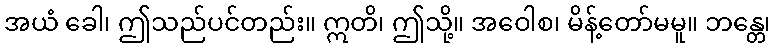
အယံ ခေါ၊ ဤသည်ပင်တည်း။ ဣတိ၊ ဤသို့။ အဝေါစ၊ မိန့်တော်မမူ။ ဘန္တေ၊